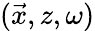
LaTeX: (\vec{x},z,\omega)